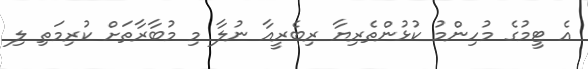
އެ ޓީމުގެ މުހިންމު ކުޅުންތެރިޔާ ރިބެރީއާ ނުލާ މި މުބާރާތަށް ކުރިމަތި ލި